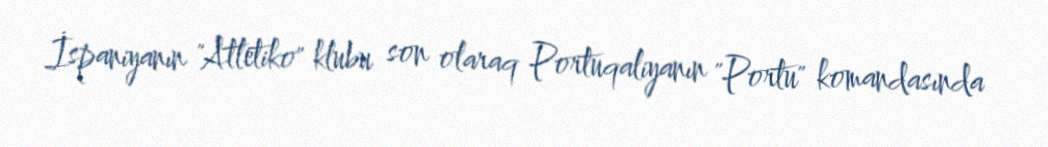
İspaniyanın "Atletiko" klubu son olaraq Portuqaliyanın "Portu" komandasında